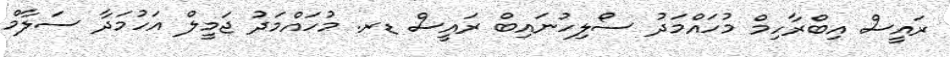
ރައީސް އިބްރާހިމް މުހައްމަދު ސޯލިހުނައިބް ރައީސް ޑރ. މުހައްމަދު ޖަމީލް އަހުމަދާ ސަލާމް